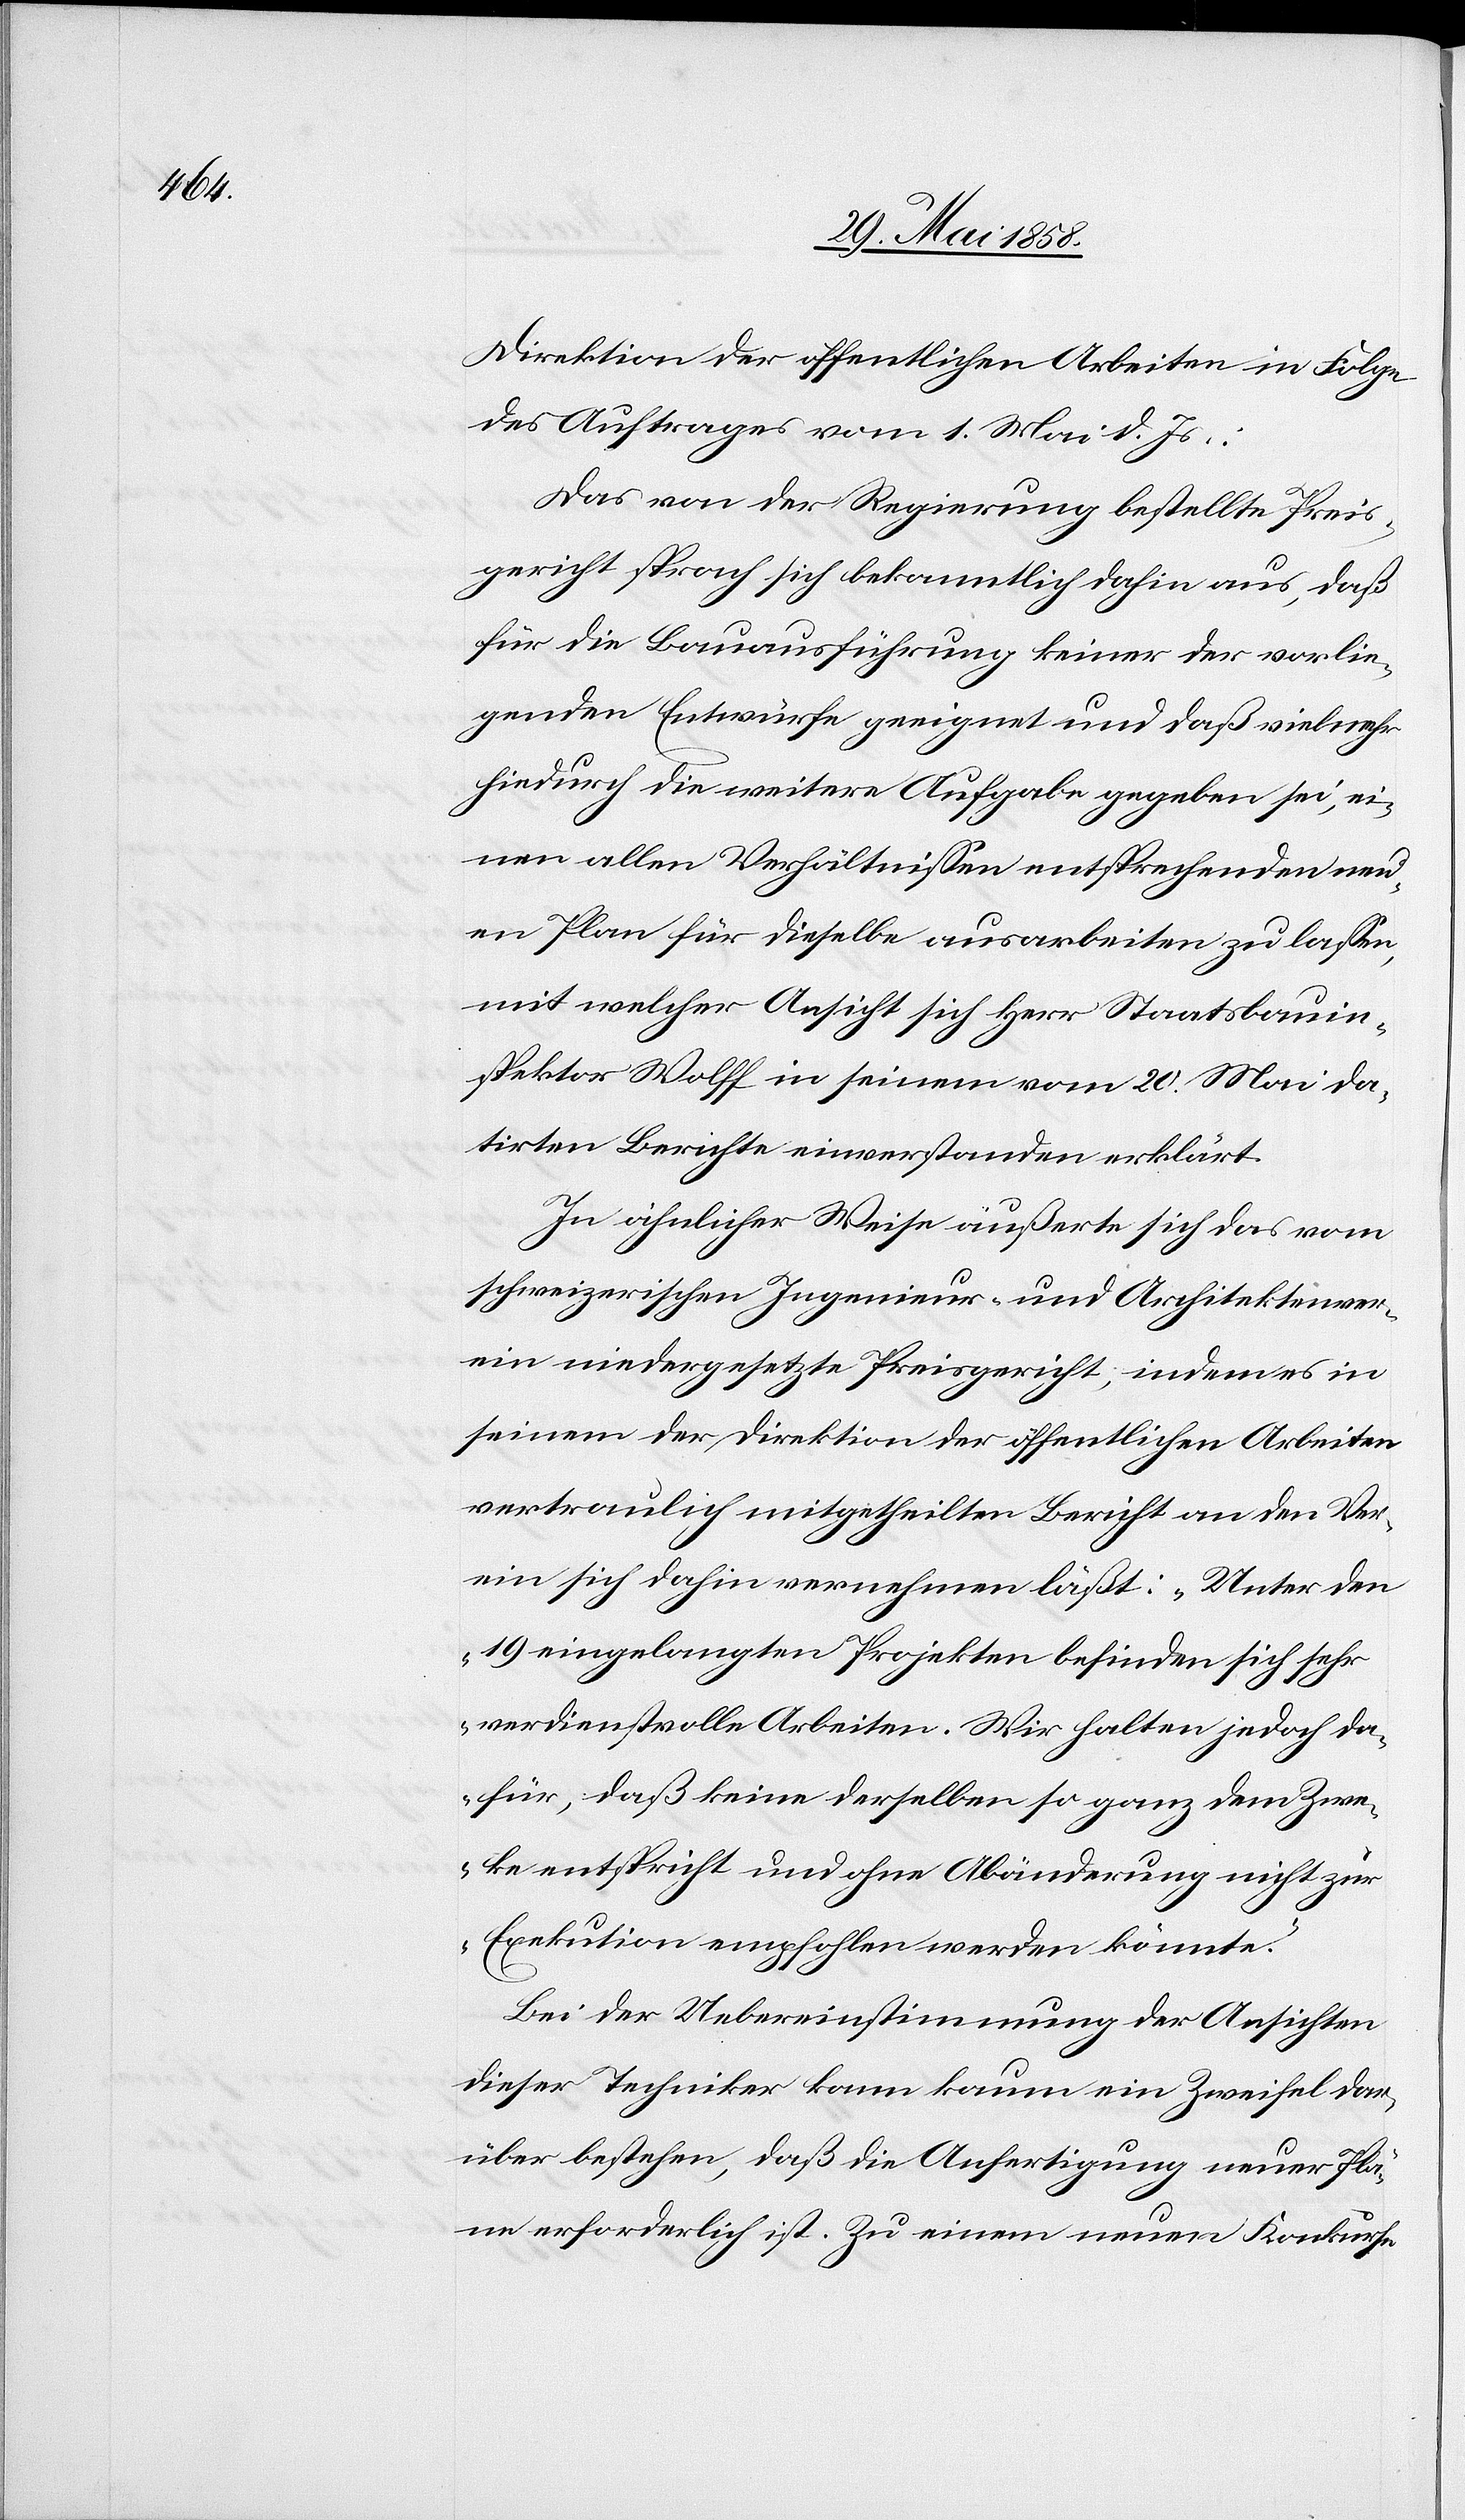
Direktion der öffentlichen Arbeiten in Folge
des Auftrages vom 1. Mai d. Js.:
Das von der Regierung bestellte Preis¬
gericht sprach sich bekanntlich dahin aus, daß
für die Bauausführung keiner der vorlie¬
genden Entwürfe geeignet und daß vielmehr
hiedurch die weitere Aufgabe gegeben sei, ei¬
nen allen Verhältnissen entsprechenden neu¬
en Plan für dieselbe ausarbeiten zu lassen,
mit welcher Ansicht sich Herr Staatsbauin¬
spektor Wolff in seinem vom 20. Mai da¬
tirten Berichte einverstanden erklärt.
In ähnlicher Weise äußerte sich das vom
schweizerischen Ingenieur- und Architektenver¬
ein niedergesetzte Preisgericht, indem es in
seinem der Direktion der öffentlichen Arbeiten
vertraulich mitgetheilten Bericht an den Ver¬
ein sich dahin vernehmen läßt: „Unter den
19 eingelangten Projekten befinden sich sehr
verdienstvolle Arbeiten. Wir halten jedoch da¬
für, daß keine derselben so ganz dem Zwe¬
cke entspricht und ohne Abänderung nicht zur
Exekution empfohlen werden könnte.“
Bei der Uebereinstimmung der Ansichten
dieser Techniker kann kaum ein Zweifel dar¬
über bestehen, daß die Anfertigung neuer Plä¬
ne erforderlich ist. Zu einem neuen Konkurse